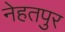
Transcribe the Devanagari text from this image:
नेहतपुर